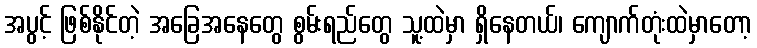
အပွင့် ဖြစ်နိုင်တဲ့ အခြေအနေတွေ စွမ်းရည်တွေ သူ့ထဲမှာ ရှိနေတယ်၊ ကျောက်တုံးထဲမှာတော့